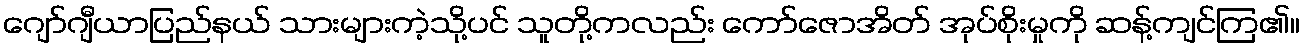
ဂျော်ဂျီယာပြည်နယ် သားများကဲ့သို့ပင် သူတို့ကလည်း ကော်ဇောအိတ် အုပ်စိုးမှုကို ဆန့်ကျင်ကြ၏။